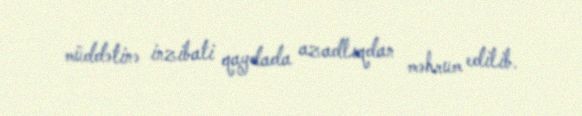
müddətinə inzibati qaydada azadlıqdan məhrum edilib.